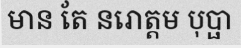
មាន តែ នរោត្តម បុប្ផា